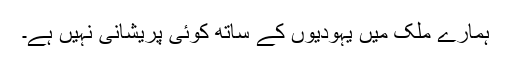
ہمارے ملک میں یہودیوں کے ساتھ کوئى پریشانى نہیں ہے۔